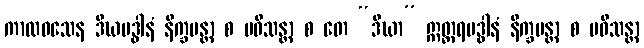
ကာလဝသေန ဒီဃမဒ္ဓါနံ နိက္ခမန္တာ စ ပဝိသန္တာ စ တေ “ဒီဃာ” ဣတ္တရမဒ္ဓါနံ နိက္ခမန္တာ စ ပဝိသန္တာ